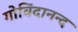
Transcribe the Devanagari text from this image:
गोविंदानन्द